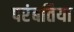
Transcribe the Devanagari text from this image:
परंबतिया